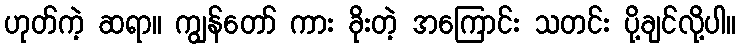
ဟုတ်ကဲ့ ဆရာ။ ကျွန်တော် ကား ခိုးတဲ့ အကြောင်း သတင်း ပို့ချင်လို့ပါ။